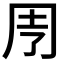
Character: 𠄗